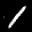
Label: 1